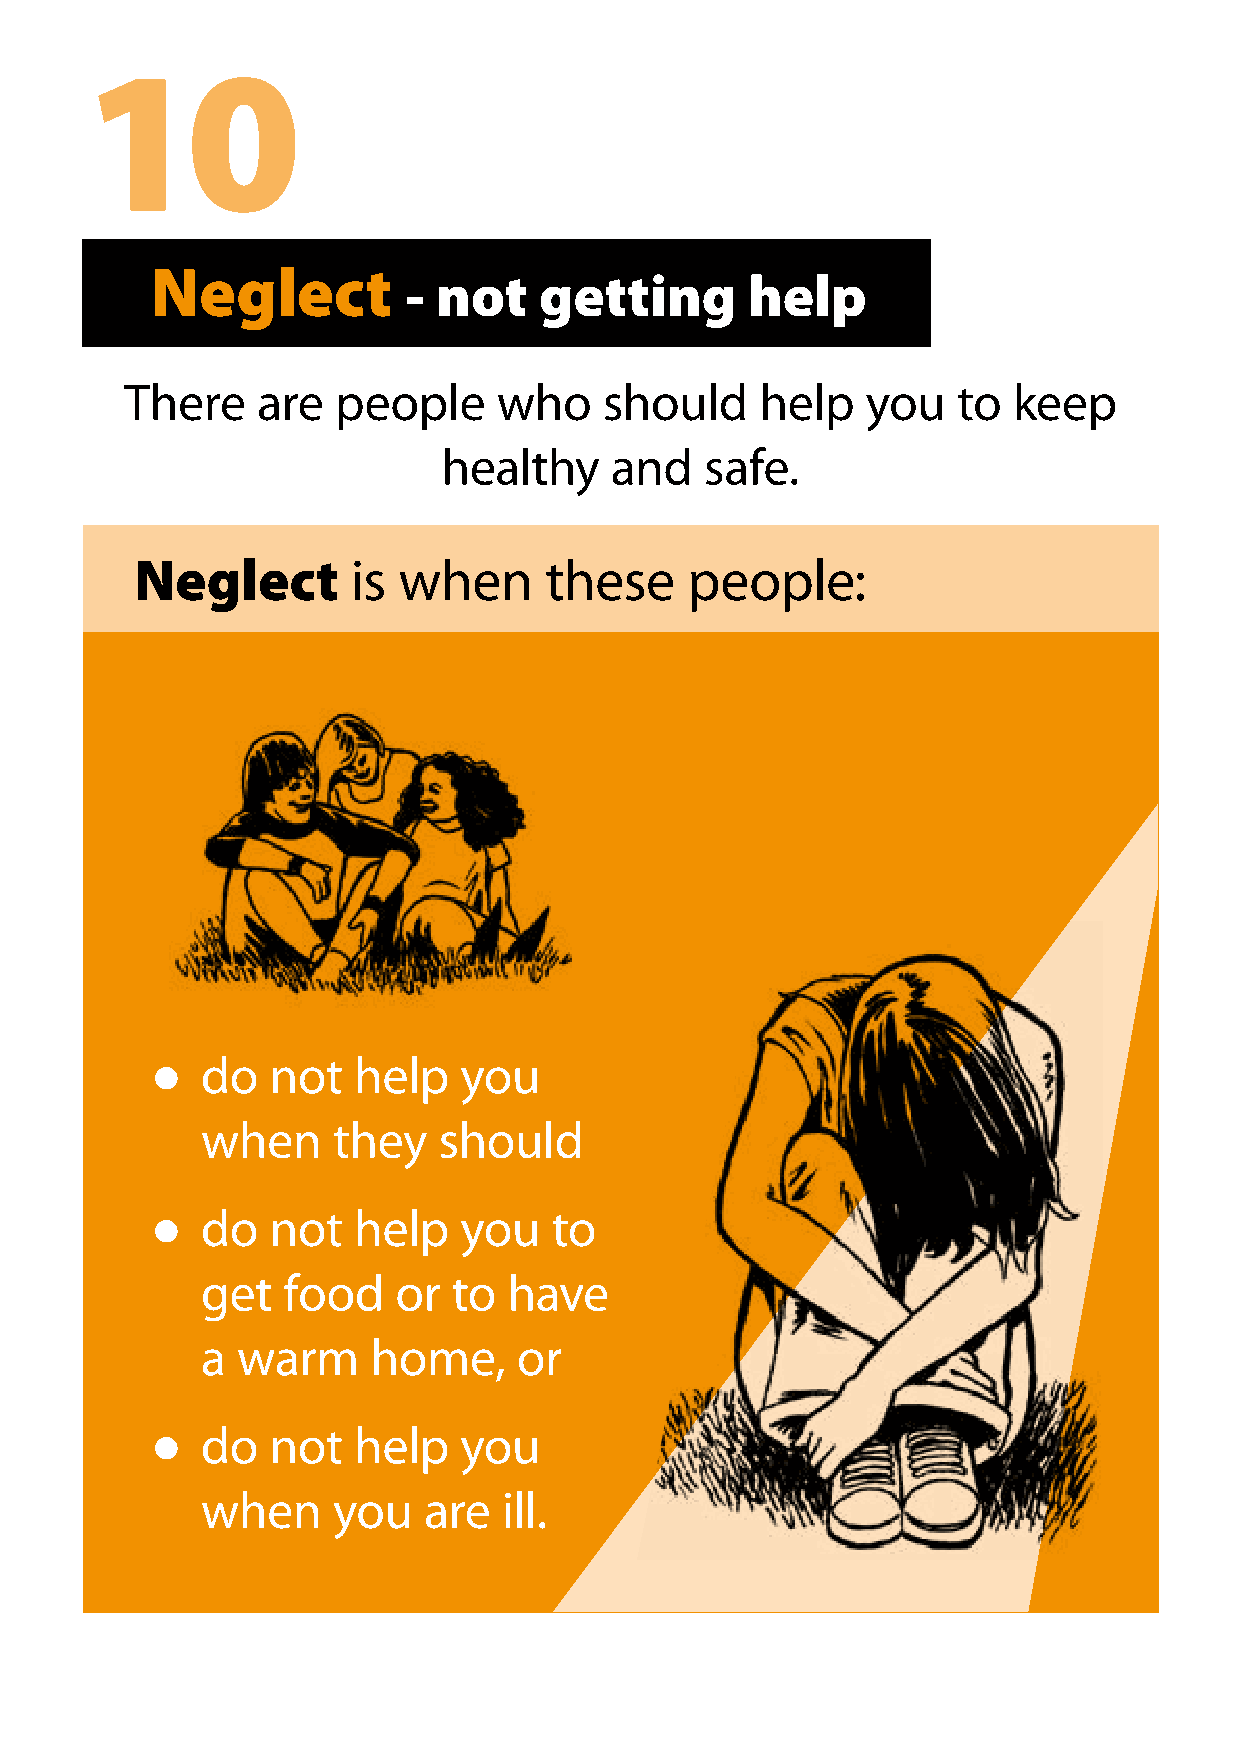
10
 Neglect
 - not    getting      help
 There    are  people     who    should    help   you   to  keep
 healthy    and    safe.
 Neglect       is when      these    people:
 do   not  help   you
 l
 when     they   should
 do   not  help   you   to
 l
 get   food   or  to  have
 a  warm     home,    or
 do   not  help   you
 l
 when     you   are  ill.